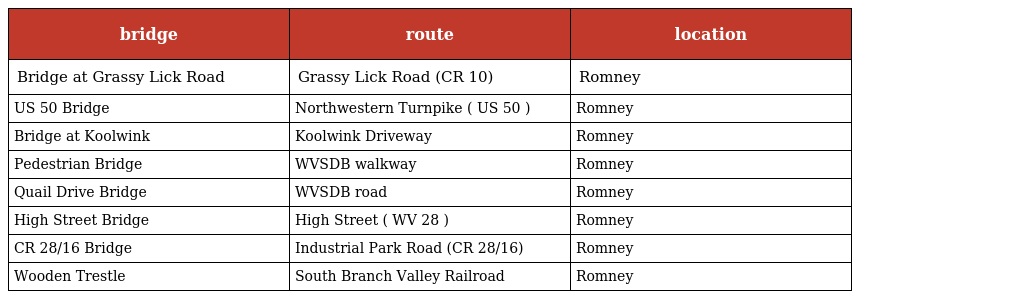
| bridge | route | location |
 | --- | --- | --- |
 | Bridge at Grassy Lick Road | Grassy Lick Road (CR 10) | Romney |
 | US 50 Bridge | Northwestern Turnpike ( US 50 ) | Romney |
 | Bridge at Koolwink | Koolwink Driveway | Romney |
 | Pedestrian Bridge | WVSDB walkway | Romney |
 | Quail Drive Bridge | WVSDB road | Romney |
 | High Street Bridge | High Street ( WV 28 ) | Romney |
 | CR 28/16 Bridge | Industrial Park Road (CR 28/16) | Romney |
 | Wooden Trestle | South Branch Valley Railroad | Romney |